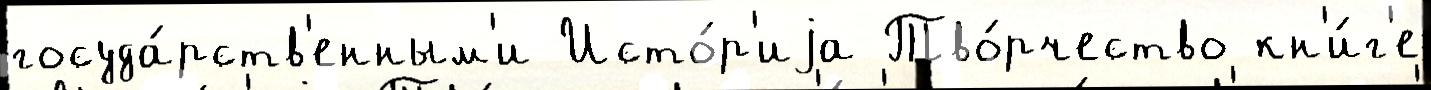
госуда́рств'енным'и Исто́р'иjа Тво́рчество кн'и́г'е